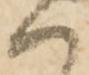
ハ